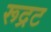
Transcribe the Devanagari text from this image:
रूद्रट